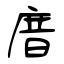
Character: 庴